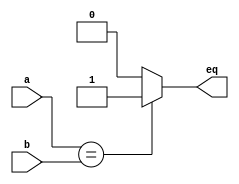
`timescale 1ns / 1ps
module eqcmp(
    input [31:0]a,b,
    output eq
);
    assign eq = (a==b?1:0);
endmodule